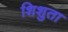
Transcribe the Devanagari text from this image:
शिशुता